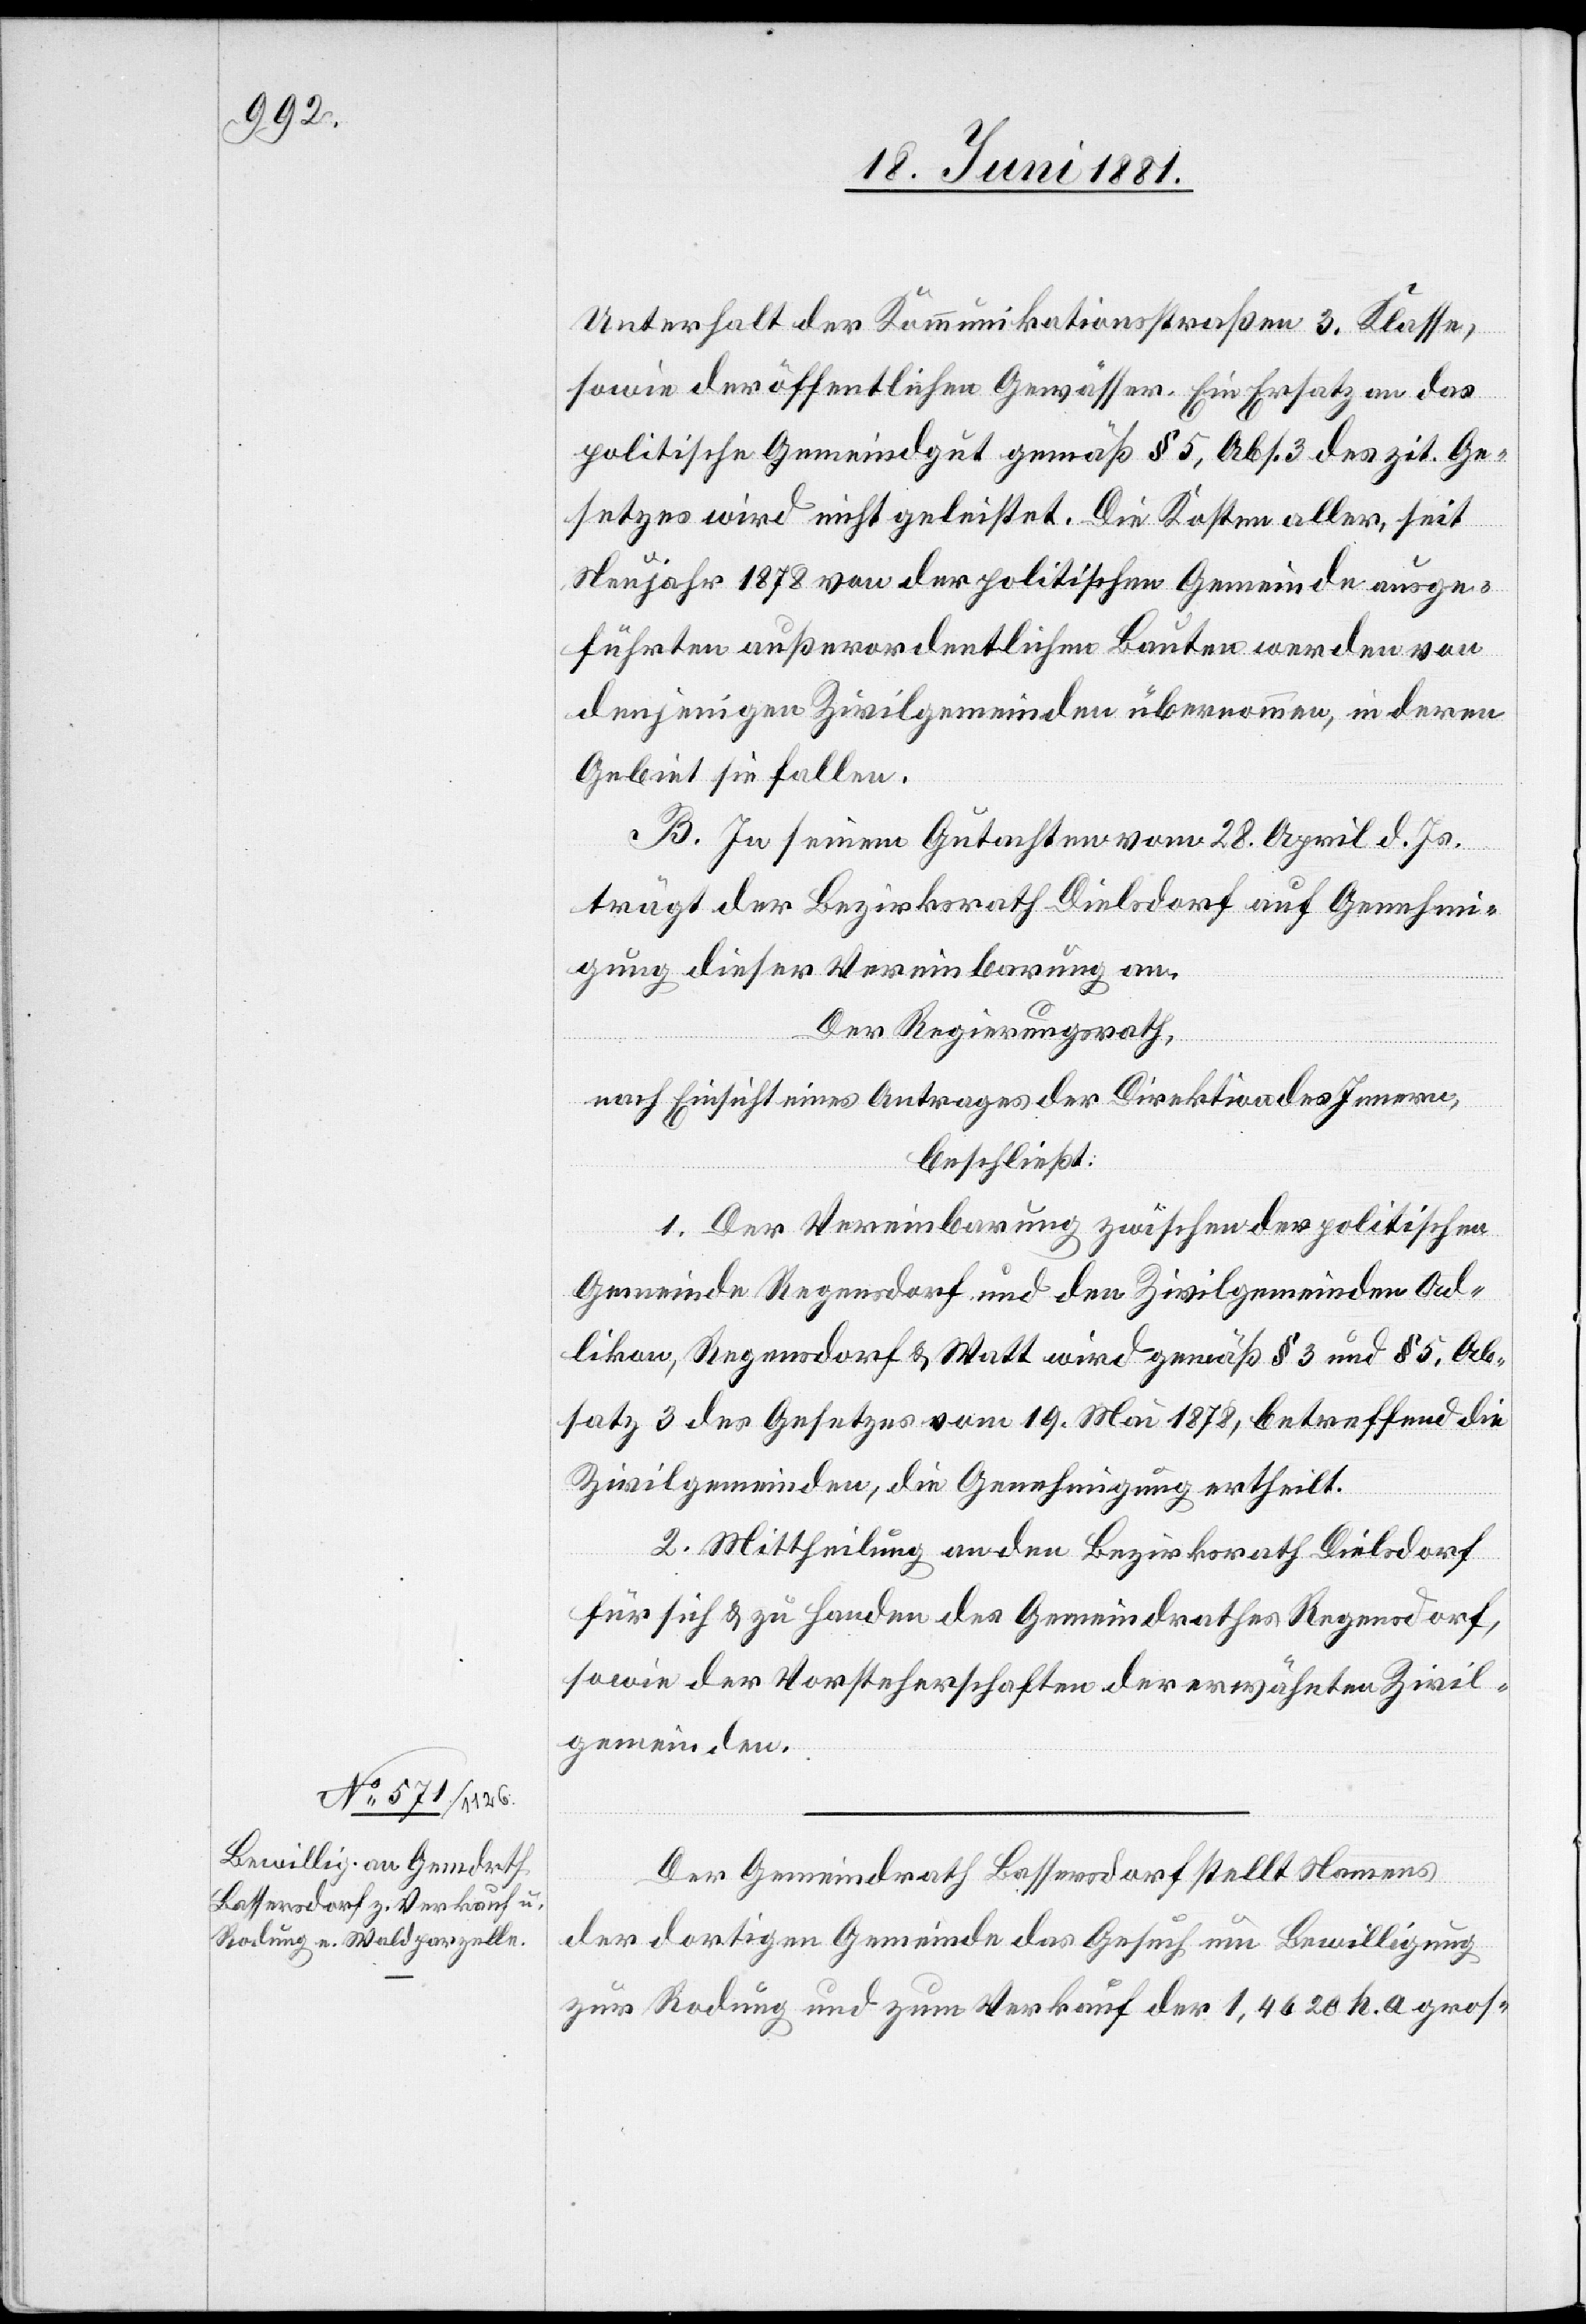
Unterhalt der Kommunikationsstraßen 3. Klasse,
sowie der öffentlichen Gewässer. Ein Ersatz an das
politische Gemeindgut gemäß § 5, Abs. 3 des zit. Ge¬
setzes wird nicht geleistet. Die Kosten aller, seit
Neujahr 1878 von der politischen Gemeinde ausge¬
führten außerordentlichen Bauten werden von
denjenigen Zivilgemeinden übernommen, in deren
Gebiet sie fallen.
B. In seinem Gutachten vom 28. April d. Js.
trägt der Bezirksrath Dielsdorf auf Genehmi¬
gung dieser Vereinbarung an.
Der Regierungsrath,
nach Einsicht eines Antrages der Direktion des Innern,
beschließt:
1. Der Vereinbarung zwischen der politischen
Gemeinde Regensdorf und den Zivilgemeinden Ad¬
likon, Regensdorf & Watt wird gemäß § 3 und § 5, Ab¬
satz 3 des Gesetzes vom 19. Mai 1878, betreffend die
Zivilgemeinden, die Genehmigung ertheilt.
2. Mittheilung an den Bezirksrath Dielsdorf
für sich & zu Handen des Gemeindrathes Regensdorf,
sowie der Vorsteherschaften der erwähnten Zivil¬
gemeinden.
Der Gemeindrath Bassersdorf stellt Namens
der dortigen Gemeinde das Gesuch um Bewilligung
zur Rodung und zum Verkauf der 1,4620 h. a. gros-